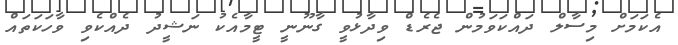
އެކަމަށް މިސާލް ދައްކަވަމުން ޖެރެޑް ވިދާޅުވީ ގާނޫނީ ޓީމާއެކު ނަޝީދު ދެއްކެވި ވާހަކަތައް